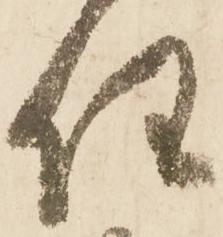
任